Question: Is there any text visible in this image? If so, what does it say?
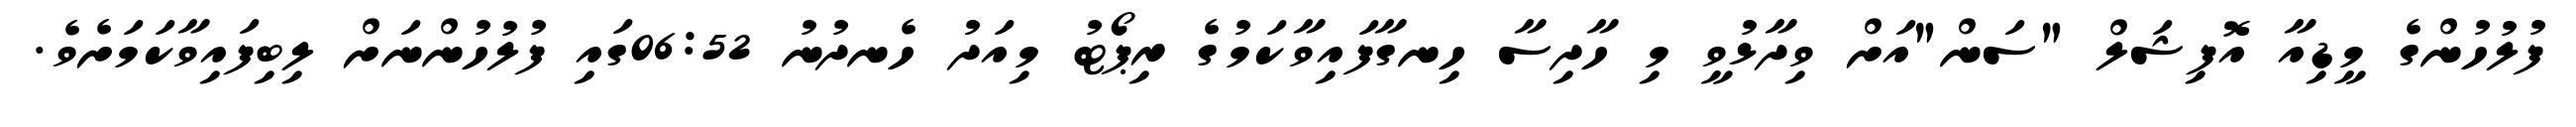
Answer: ފުލުހުންގެ މީޑިއާ އޮފިޝަލް "ސަން"އަށް ވިދާޅުވީ މި ހާދިސާ ހިނގާފައިވާކަމުގެ ރިޕޯޓު މިއަދު ހެނދުނު 06:52ގައި ފުލުހުންނަށް ލިބިފައިވާކަމަށެވެ.